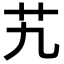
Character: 艽